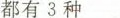
都有3种